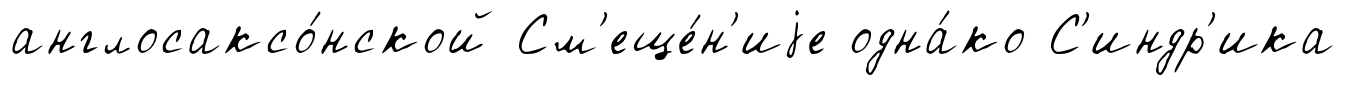
англосаксо́нской См'еще́н'иjе одна́ко С'индр'ика